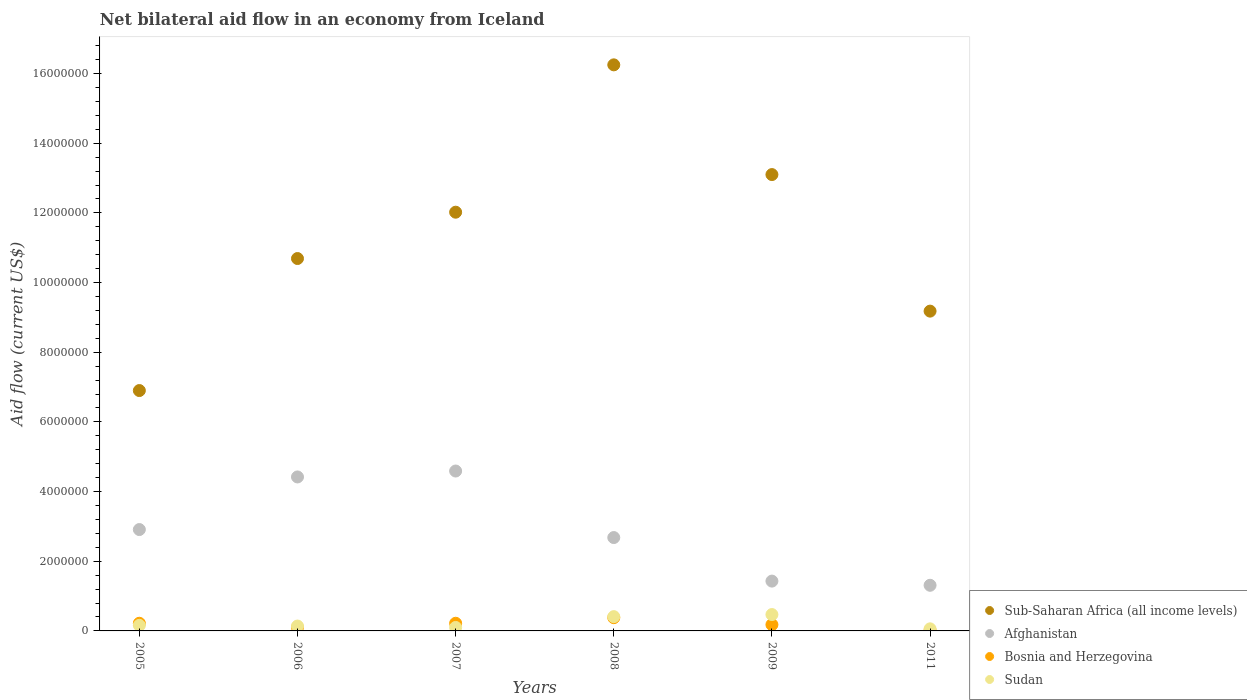
| Years | Sub-Saharan Africa (all income levels) | Afghanistan | Bosnia and Herzegovina | Sudan |
 | --- | --- | --- | --- | --- |
 | 2005 | 6.9e+06 | 2.91e+06 | 2.2e+05 | 1.6e+05 |
 | 2006 | 1.07e+07 | 4.42e+06 | 1e+05 | 1.4e+05 |
 | 2007 | 1.2e+07 | 4.59e+06 | 2.2e+05 | 1e+05 |
 | 2008 | 1.62e+07 | 2.68e+06 | 3.8e+05 | 4.1e+05 |
 | 2009 | 1.31e+07 | 1.43e+06 | 1.8e+05 | 4.7e+05 |
 | 2011 | 9.18e+06 | 1.31e+06 | 2e+04 | 6e+04 |